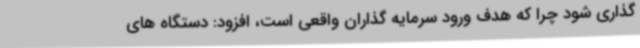
گذاری شود چرا که هدف ورود سرمایه گذاران واقعی است، افزود: دستگاه های